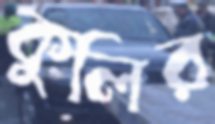
কুলির